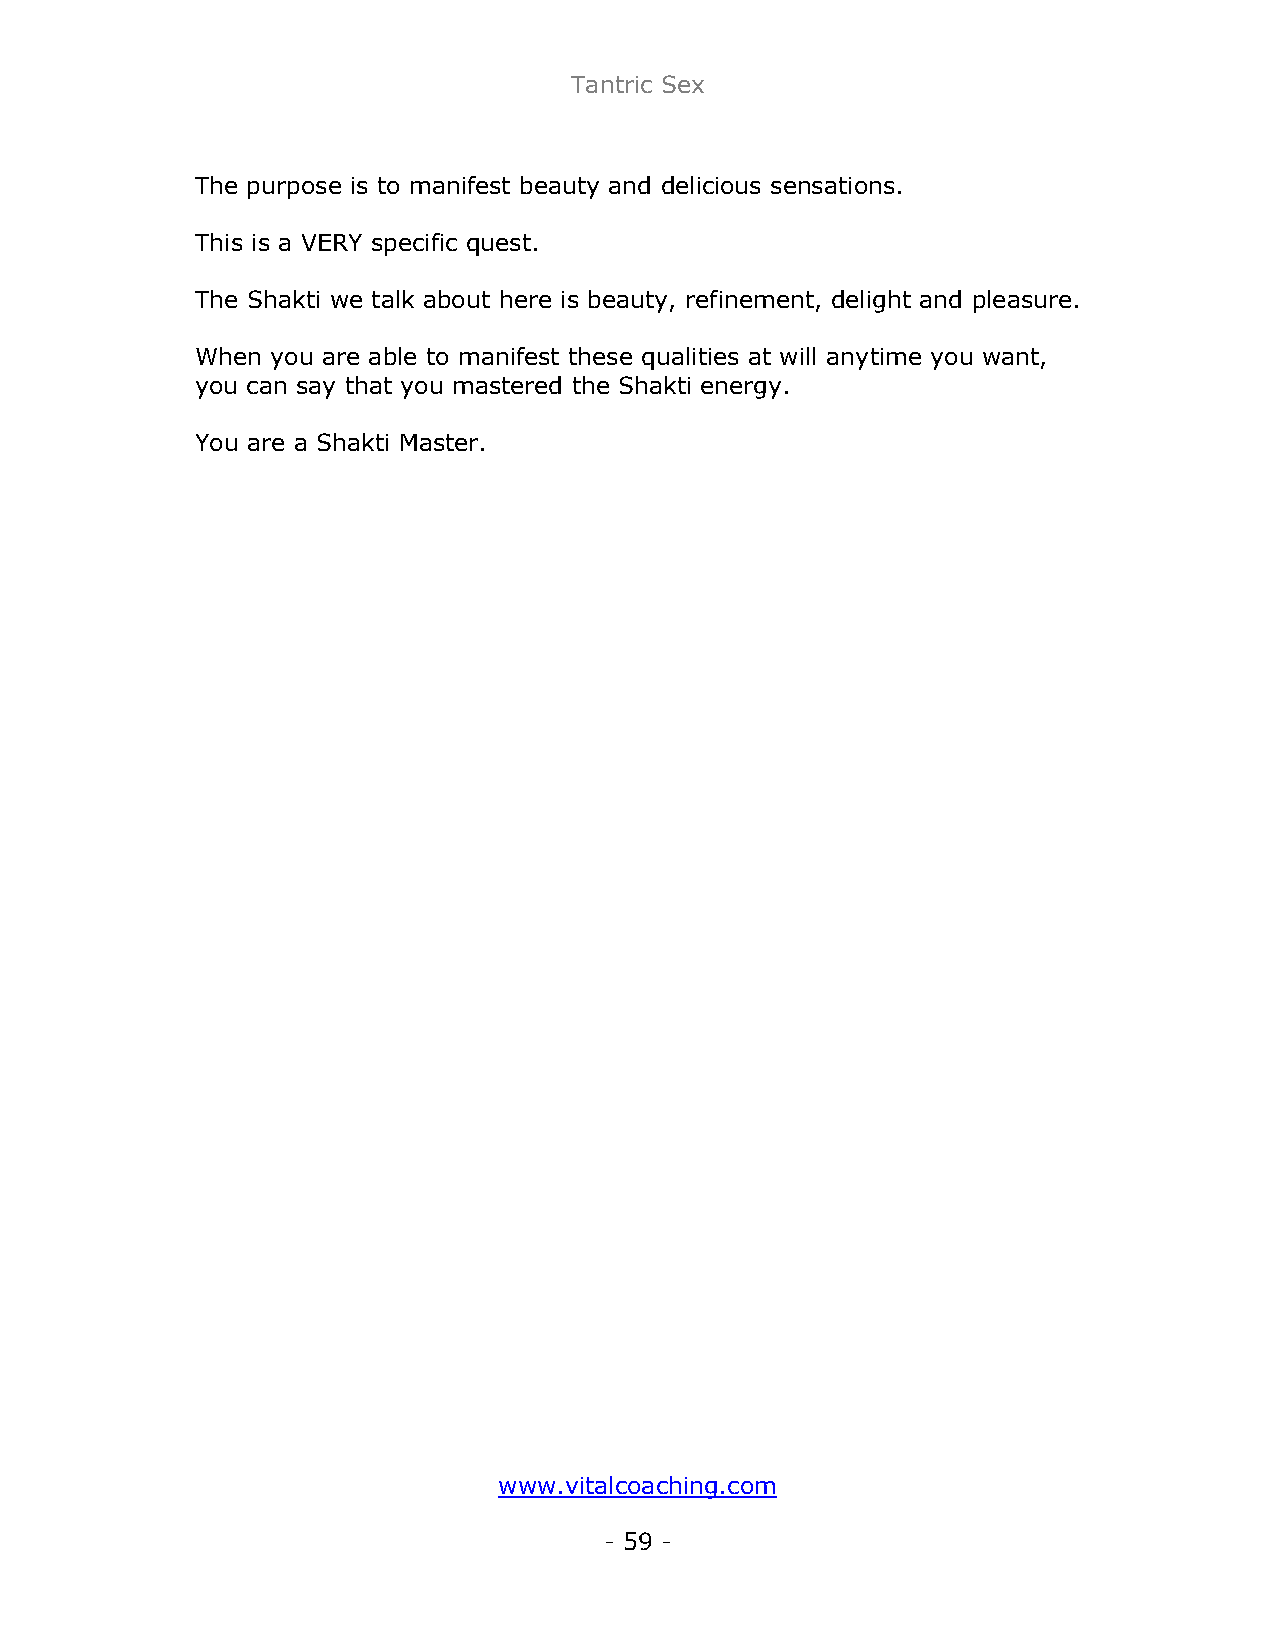
Tantric Sex
 The purpose is to manifest beauty and delicious sensations.
 This is a VERY specific quest.
 The Shakti we talk about here is beauty, refinement, delight and pleasure.
 When you are able to manifest these qualities at will anytime you want,
 you can say that you mastered the Shakti energy.
 You are a Shakti Master.
 www.vitalcoaching.com
 - 59 -